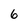
Character: 6